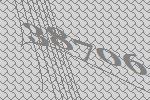
38706